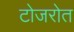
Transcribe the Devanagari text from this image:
टोजरोत